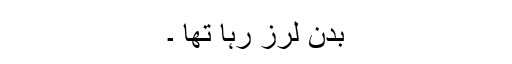
بدن لرز رہا تھا ۔